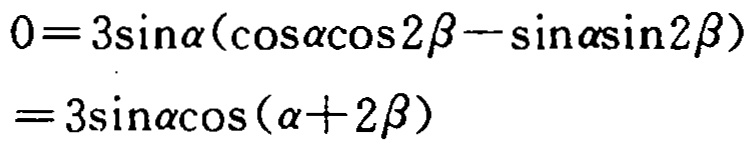
\[

\begin{align*}

0&=3\sin\alpha(\cos\alpha\cos2\beta - \sin\alpha\sin2\beta)\\

&=3\sin\alpha\cos(\alpha + 2\beta)

\end{align*}

\]